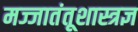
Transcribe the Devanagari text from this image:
मज्जातंतूशास्त्रज्ञ